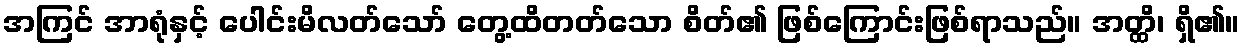
အကြင် အာရုံနှင့် ပေါင်းမိလတ်သော် တွေ့ထိတတ်သော စိတ်၏ ဖြစ်ကြောင်းဖြစ်ရာသည်။ အတ္ထိ၊ ရှိ၏။